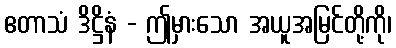
ဧတာသံ ဒိဋ္ဌိနံ - ဤမှားသော အယူအမြင်တို့ကို၊